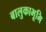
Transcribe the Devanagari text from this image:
बालुकाभूमि